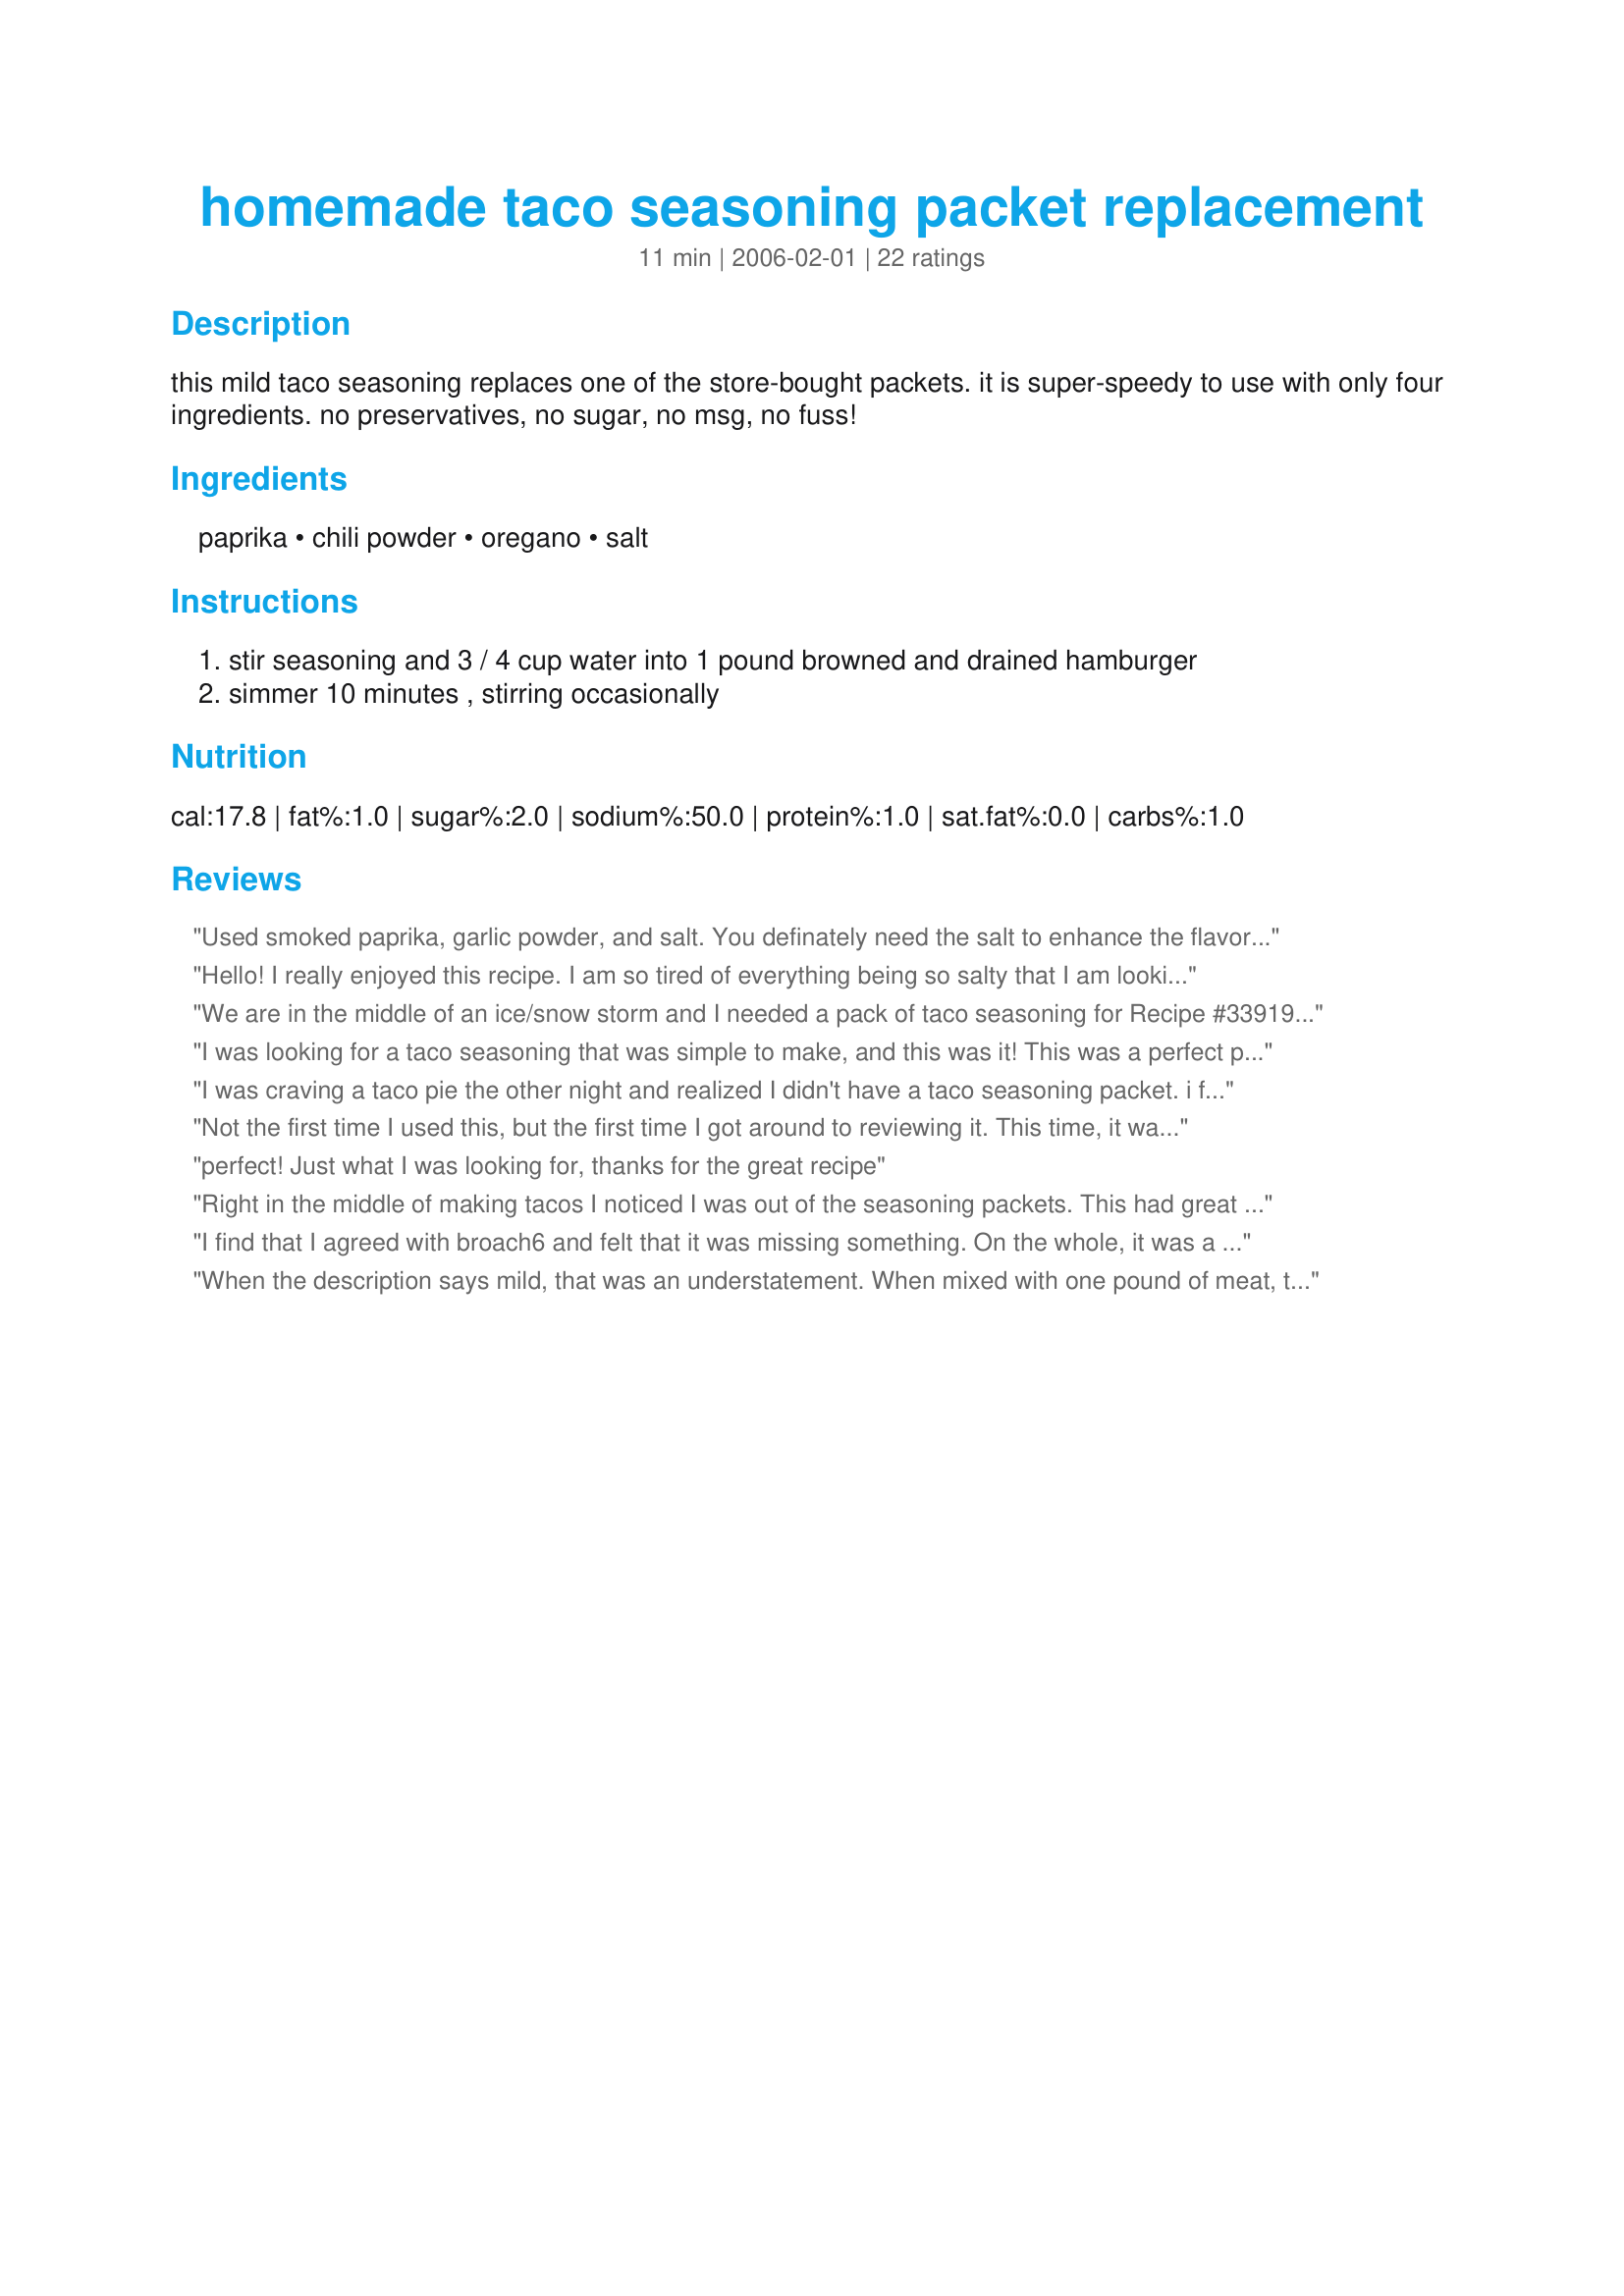
homemade taco seasoning packet replacement
Preparation time: 11 minutes

this mild taco seasoning replaces one of the store-bought packets. it is super-speedy to use with only four ingredients. no preservatives, no sugar, no msg, no fuss!

Ingredients:
paprika, chili powder, oregano, salt

Steps:
stir seasoning and 3 / 4 cup water into 1 pound browned and drained hamburger, simmer 10 minutes , stirring occasionally

Reviews:
Used smoked paprika, garlic powder, and salt. You definately need the salt to enhance the flavors. It still and a lot less sodium and no preservatives, so this is a very good substitute and simple to make with spices most everyone will have on hand.
Hello! I really enjoyed this recipe. I am so tired of everything being so salty that I am looking for homemade replacements to the old pre-packaged stuff. This is a winner that I will continue to use for all of my Mexican/taco concoctions!
We are in the middle of an ice/snow storm and I needed a pack of taco seasoning for Recipe #33919 and I wasn't driving anywhere :) This worked out perfectly. Loved this and will be using more often. I followed the recipe as written using the salt instead of the garlic salt.
I was looking for a taco seasoning that was simple to make, and this was it! This was a perfect packet replacement. I will be using this again!
I was craving a taco pie the other night and realized I didn't have a taco seasoning packet. i found this, here on Zaar and I will never buy a taco packet again. This is great!!!! Thanks
Not the first time I used this, but the first time I got around to reviewing it. This time, it was to make the ground beef for taco salad. I did replace the garlic salt with garlic powder (doctor's orders). This one's a winner with me!
perfect! Just what I was looking for, thanks for the great recipe
Right in the middle of making tacos I noticed I was out of the seasoning packets. This had great flavor and was simple to make. I will use this now instead of buying those pricy packets. Thank you.
I find that I agreed with broach6 and felt that it was missing something. On the whole, it was a good beginning, but I found that I needed to definitely add the salt. (I thought perhaps I could get away with leaving out the salt.) I also increased the chili powder by 1/2 t, and added 1/2 t of cumin, 1/2 t garlic powder, 1/2 t onion powder. I feel that it rounded out the flavors while keeping it mild.
When the description says mild, that was an understatement. When mixed with one pound of meat, this barely seasoned the taco meat. If you ate the meat by itself, you could pick up a hint of flavor. When mixed in with the rest of the taco ingredients (shell, lettuce, sour cream, salsa, and cheese), you couldn&#039;t taste the meat at all.
I&#039;m sorry - I just can&#039;t agree with the positive reviews. I followed the recipe exactly and was very disappointed. There was absolutely no taste. I needed a mild flavor so seeing it listed as &quot;mild&quot; didn&#039;t bother me. I was concerned at first because all I had was smoked paprika. I ended up increasing the ingredients called for and adding cumin, garlic powder and onion powder. This did round out the flavors while keeping it mild. I increased the chili powder by 1/2 t, added 1/2 t of cumin, garlic, onion powder and 1 T of salsa. I definitely needed the salt.
I added some cayenne pepper to kick it up a little. I wont go back to buying the little packets.
This is a great replacement for the "packets" we normally would use. Good point regarding MSG, read your labels carefully. I checked mine after reading this comment and found mine was free of MSG.
I needed a packet and didn't feel like running out. I also needed it to be mild for a specific guest and after reading the four ingredients I thought this would be a match and it was. Very mild but perfect seasoning for those who don't want a lot of kick. I made it with the salt as written but may try the garlic salt next time. Great savings and no extra additives. Thanks for sharing this replacement Deb's recipes! <br/>Enjoy! ChefDLH
Great stuff - easy, cheap, healthy.
I love it has no MSG or other unhealthy stuff. I used Garlic Powder in place of the salt and it worked great. It's a keeper. Thanks for sharing it !
I was looking for a quick taco seasoning that didn't require dried onions (since I don't have them) and chose this. I used it in Crockpot Taco Chicken (by Pamela) which is just chicken, seasoning, and chicken broth. This tasted very good (used the garlic salt) and will try it in other recipes next time. Thanks Deb's recipes, for posting.

Roxygirl
Way too much paprika, and seems to be missing something.
What could be easier?? This is amazing and I have forgotten to rate this before. Its a staple in our house and will keep using this recipe for a very long time to come. No additives, no MSG....perfect!
Love the fact that there`s no preservatives,
no sugar, no msg, & no fuss. I did use hot paprika to give my seasoning a real nice kick! And used garlic powder and a touch of salt.
 Don't tell the boys I did not use the packets I normally use. This will now be used to make Taco's. I like the fact that it was all natural. Ounce you try you will not go back.
Chili powder has msg in it!!!
Nice and easy, and very tasty. So much better than store bought. I'll add cayenne when I want a hotter version. Thanks for posting it.
